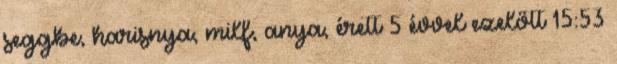
seggbe, harisnya, milf, anya, érett 5 évvel ezelőtt 15:53